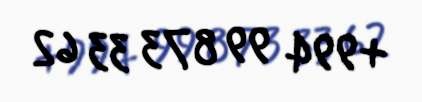
+994 99 873 33 62